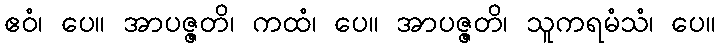
ဧဝံ၊ ပေ။ အာပဇ္ဇတိ၊ ကထံ၊ ပေ။ အာပဇ္ဇတိ၊ သူကရမံသံ၊ ပေ။